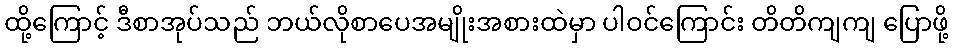
ထို့ကြောင့် ဒီစာအုပ်သည် ဘယ်လိုစာပေအမျိုးအစားထဲမှာ ပါဝင်ကြောင်း တိတိကျကျ ပြောဖို့